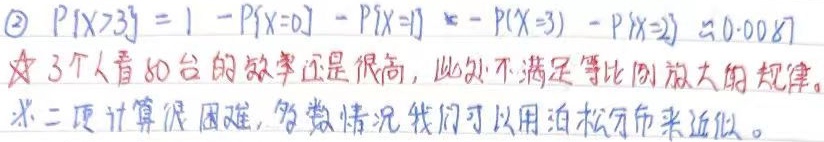
\textcircled{2} \(P\{X > 3\}=1 - P\{X = 0\} - P\{X = 1\} - P\{X = 2\} - P\{X = 3\} \approx 0.0087\)
☆ 3 个人看 80 台的效率还是很高，此处不满足等比例放大的规律。
※ 二项计算很困难，多数情况我们可以用泊松分布来近似。